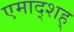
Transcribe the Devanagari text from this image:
एमाद्शह्